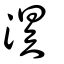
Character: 淏